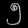
Digit: ၅